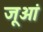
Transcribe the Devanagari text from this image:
जूओं